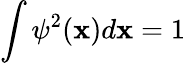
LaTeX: \int\psi^{2}(\mathbf{x})d\mathbf{x}=1